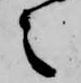
之